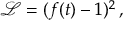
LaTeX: { \mathcal { L } } = ( f ( t ) - 1 ) ^ { 2 } \, ,